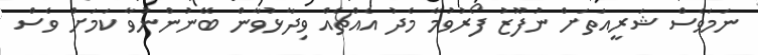
ނަމަވެސް ޝަރީއަތަށް ނުފޫޒު ފޯރުވުމާ މެދު އެއްޗެއް ވިދާޅުވާން ބޭނުންނުވާ ކަމަށް ވެސް